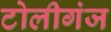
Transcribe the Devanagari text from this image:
टोलीगंज